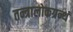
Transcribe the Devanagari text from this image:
तन्त्रालोकग्रन्थं